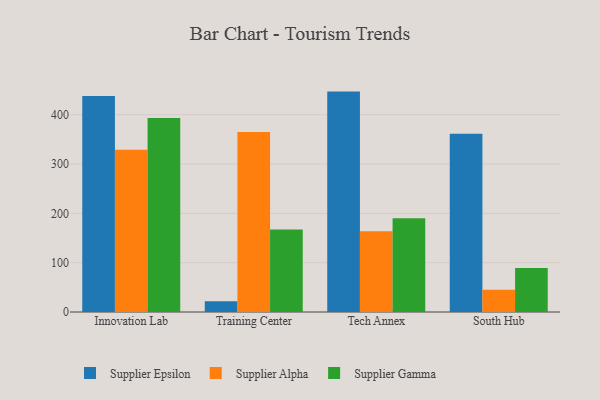
{"axis": {"x": "Campus", "y": "Revenue (USD Million)"}, "legend": ["Supplier Alpha", "Supplier Epsilon", "Supplier Gamma"], "data": [{"x": "Innovation Lab", "y": 438.0, "type": "Supplier Epsilon"}, {"x": "Innovation Lab", "y": 328.9, "type": "Supplier Alpha"}, {"x": "Innovation Lab", "y": 393.3, "type": "Supplier Gamma"}, {"x": "Training Center", "y": 21.7, "type": "Supplier Epsilon"}, {"x": "Training Center", "y": 365.0, "type": "Supplier Alpha"}, {"x": "Training Center", "y": 167.0, "type": "Supplier Gamma"}, {"x": "Tech Annex", "y": 446.8, "type": "Supplier Epsilon"}, {"x": "Tech Annex", "y": 163.6, "type": "Supplier Alpha"}, {"x": "Tech Annex", "y": 190.1, "type": "Supplier Gamma"}, {"x": "South Hub", "y": 361.1, "type": "Supplier Epsilon"}, {"x": "South Hub", "y": 45.2, "type": "Supplier Alpha"}, {"x": "South Hub", "y": 89.4, "type": "Supplier Gamma"}]}